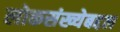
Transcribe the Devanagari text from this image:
लोकसंख्येबद्दल